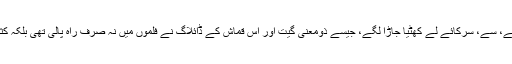
لڑکی نہیں ہے تو لکڑی کا کھمبا ہے، سے، سرکائے لے کھٹیا جاڑا لگے، جیسے ذومعنی گیت اور اس قماش کے ڈائلاگ نے فلموں میں نہ صرف راہ پالی تھی بلکہ کثرت سے استعمال ہونے لگے تھے۔